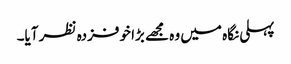
پہلی نگاہ میں وہ مجھے بڑا خوفزدہ نظر آیا۔